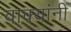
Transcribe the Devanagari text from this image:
वा्क्यांनी